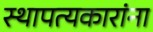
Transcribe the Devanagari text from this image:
स्थापत्यकारांना